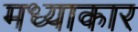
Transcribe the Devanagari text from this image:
मध्याकार